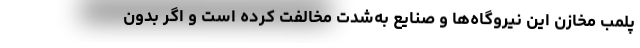
پلمب مخازن این نیروگاه‌ها و صنایع به‌شدت مخالفت کرده است و اگر بدون